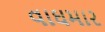
વાઘમાર